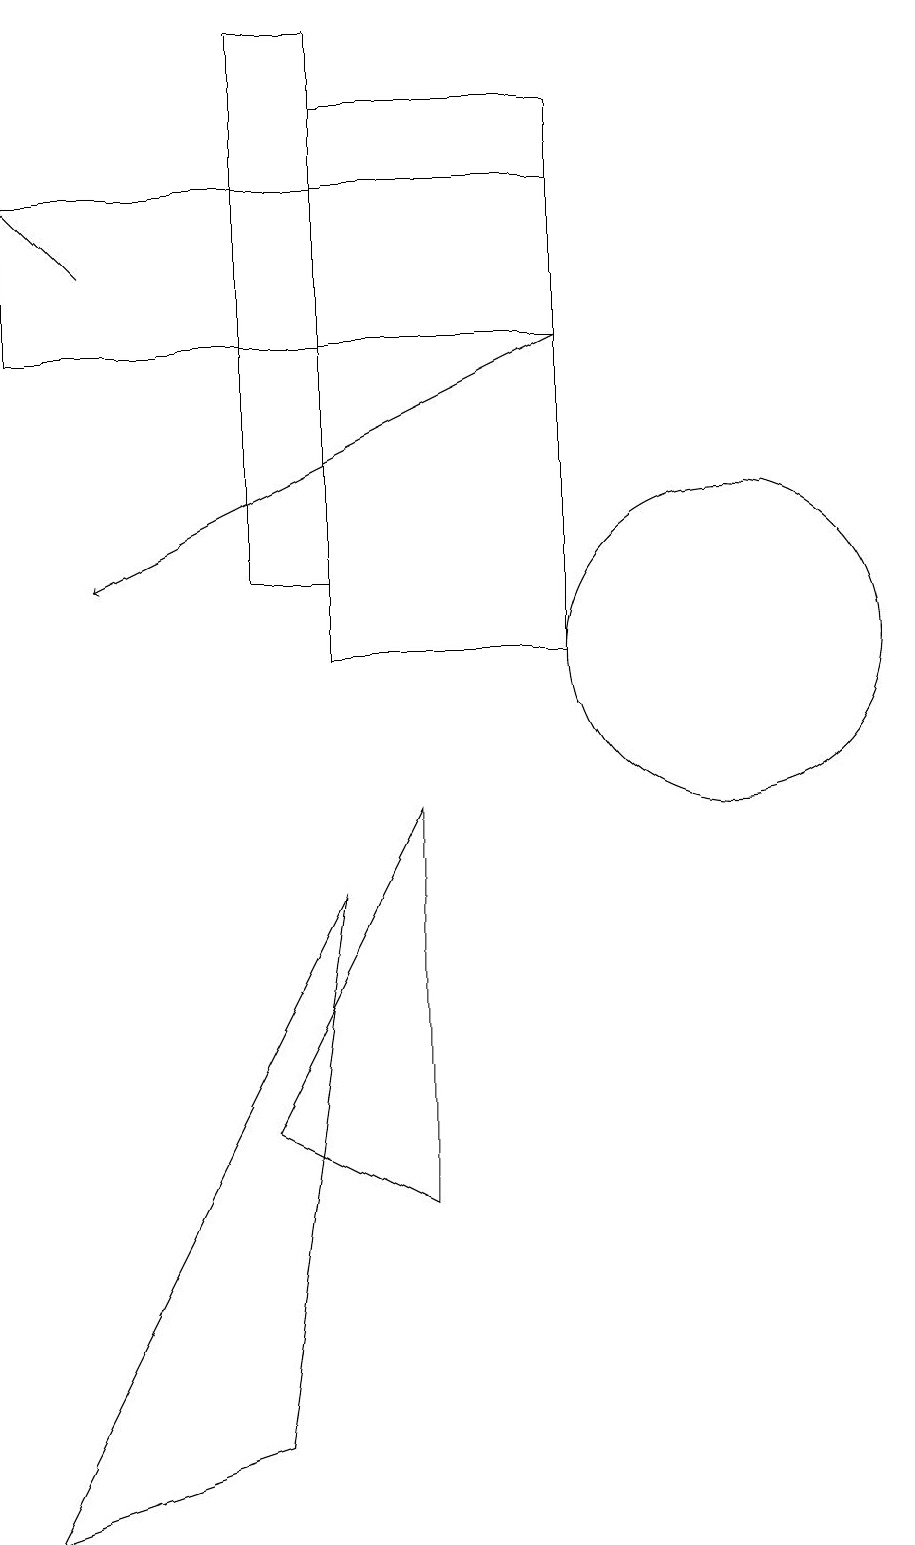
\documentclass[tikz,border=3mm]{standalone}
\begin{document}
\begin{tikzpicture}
\draw (9,18) rectangle (6,11);
\draw (2,0) -- (6,8) -- (5,1) -- cycle;
\draw (11,11) circle (2);
\draw[->] (9,15) -- (3,12);
\draw[->] (3,16) -- (2,17);
\draw (6,12) rectangle (5,19);
\draw (5,5) -- (7,4) -- (7,9) -- cycle;
\draw (9,15) rectangle (2,17);
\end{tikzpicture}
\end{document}